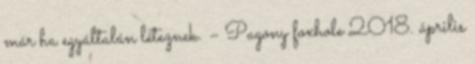
már ha egyáltalán léteznek. – Pagony foxhole 2018. április